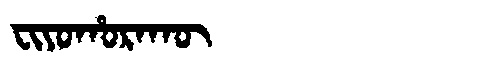
Manchu: ᠸᡳᠶᠣᡥᠣᡵᠠᡴᡡ
Romanization: FIYOHORAKŪ